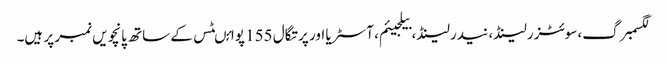
لگسمبرگ، سوئٹزرلینڈ، نیدرلینڈ، بیلجیئم، آسٹریا اور پرتگال 155 پوائںٹس کے ساتھ پانچویں نمبر پر ہیں۔